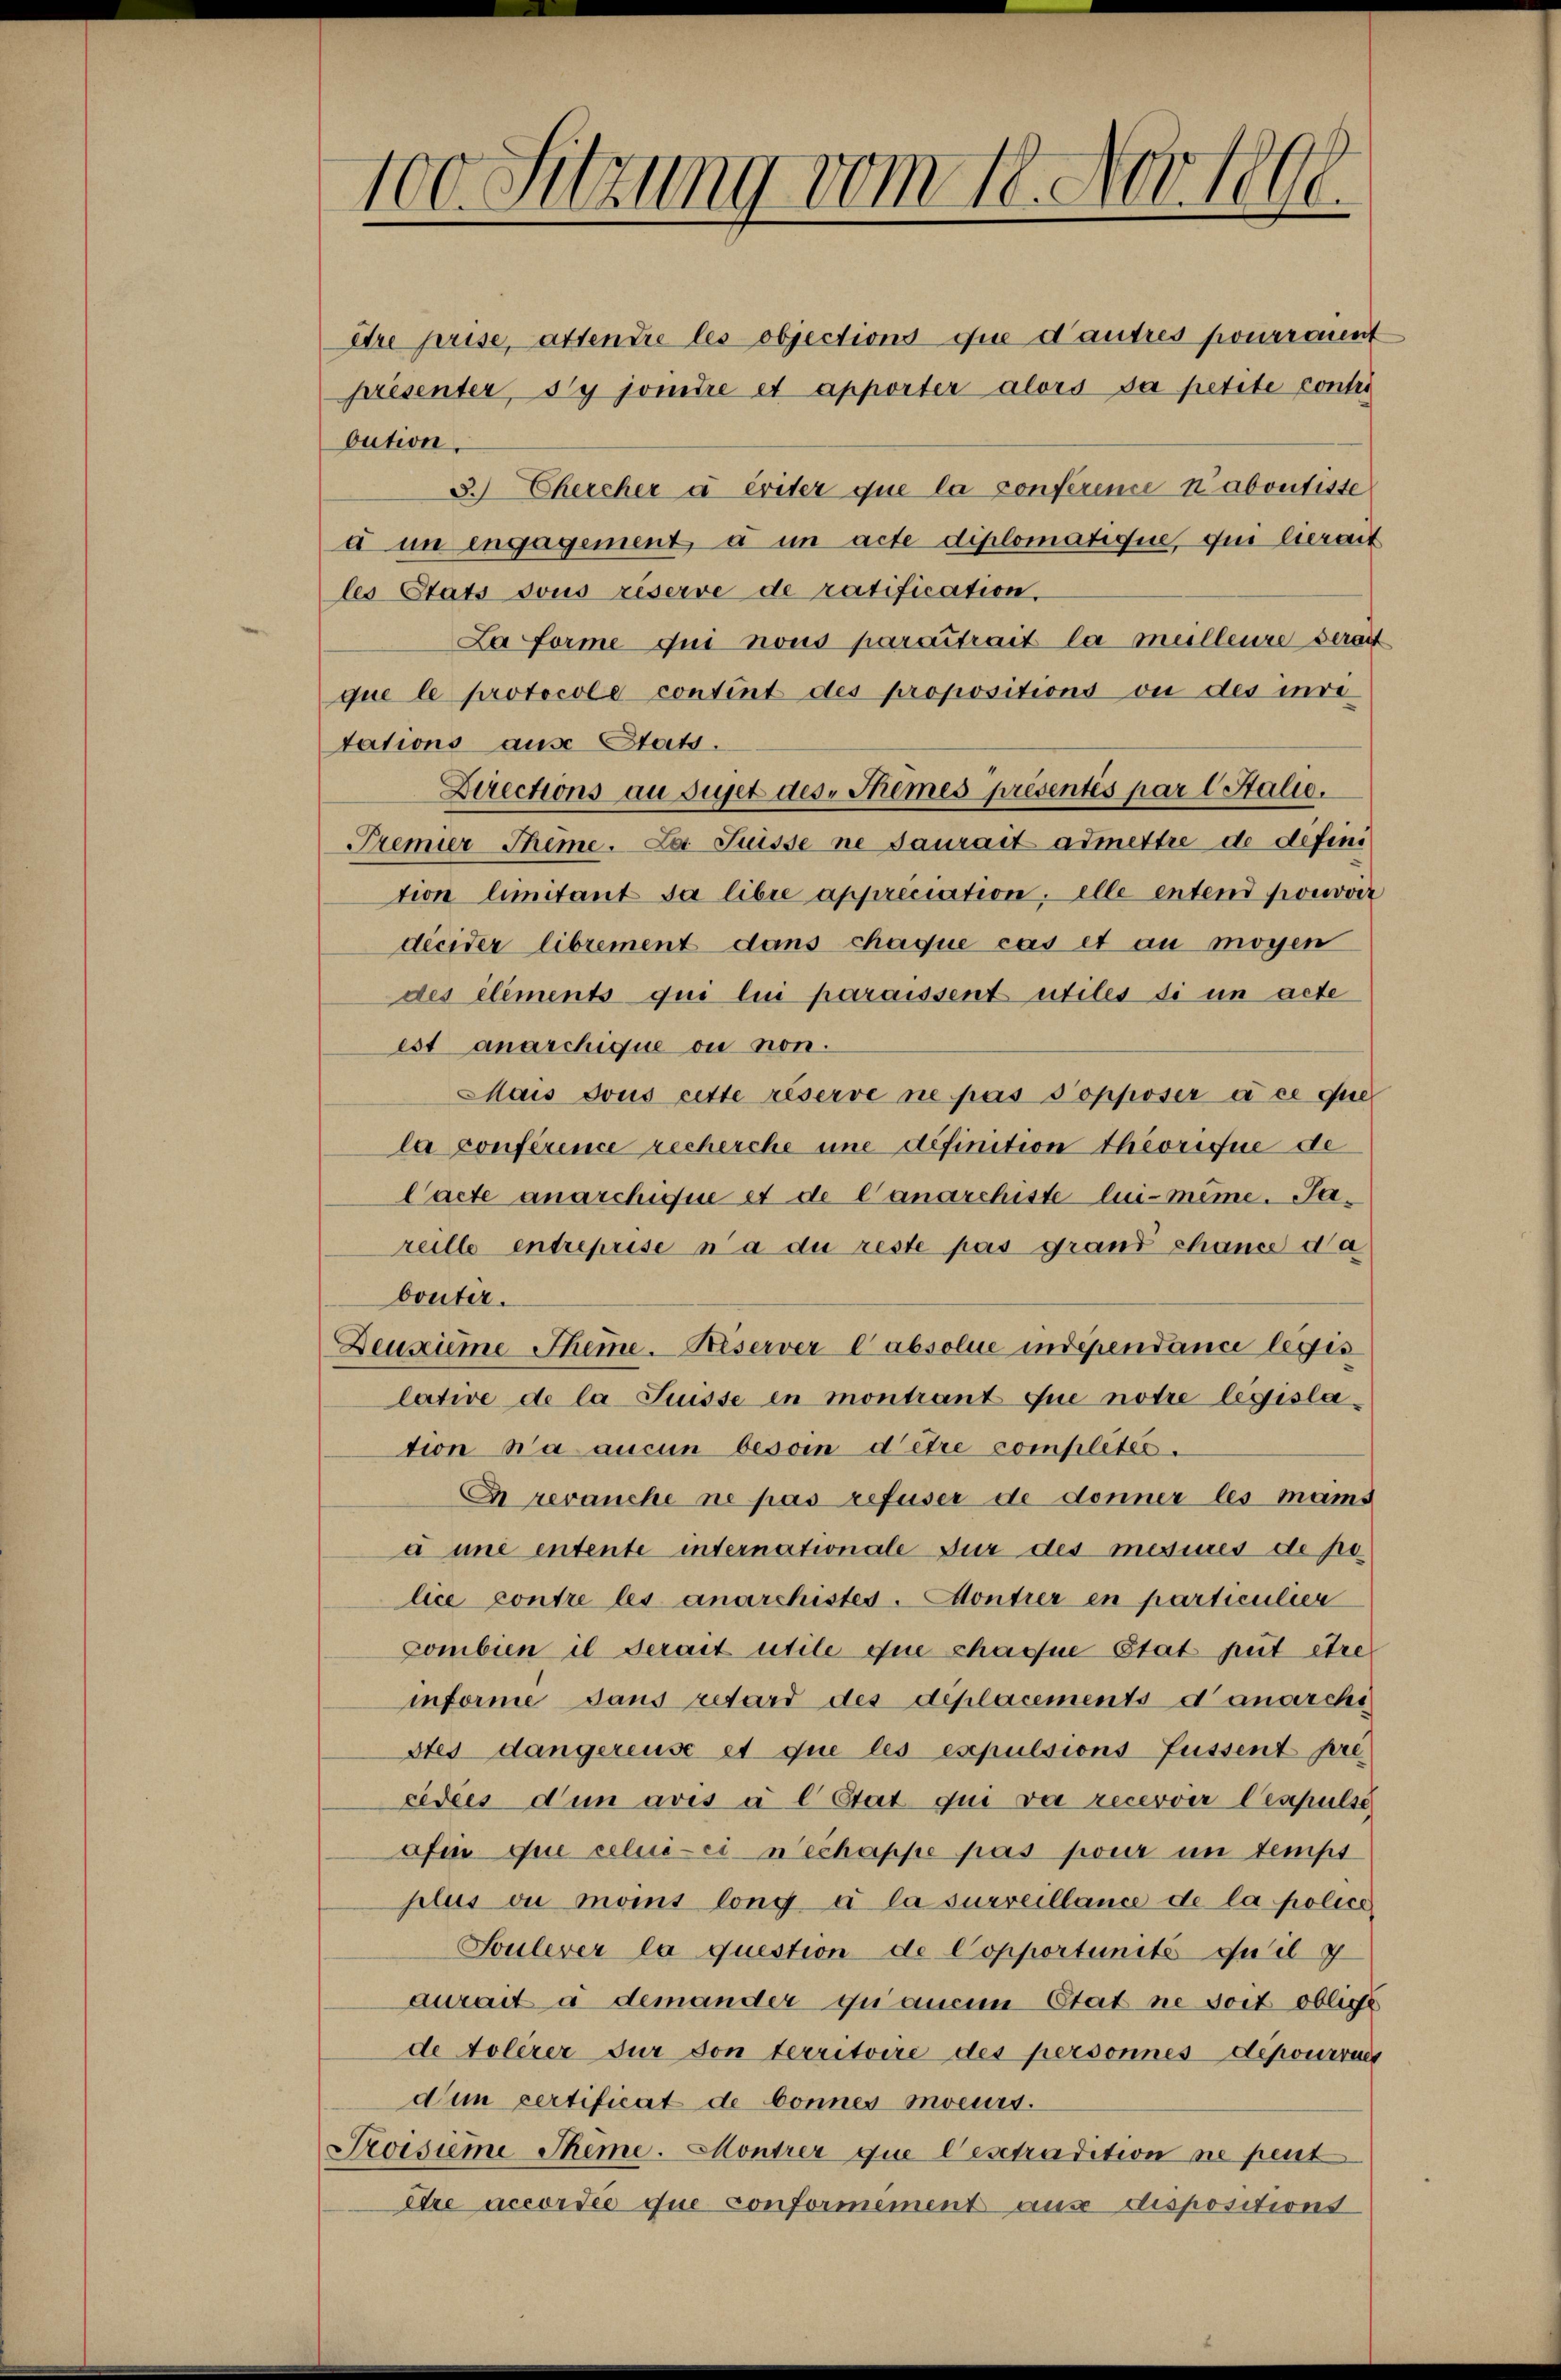
100. Sitzung vom 18. Nov. 1808.

Itre prise, attendre les objections que d’autres pourrannt
présenter, Sy jointre et apporter alors da petite contis
bution.
3. Chercher à criter que la conférence nabontiste
d im engagement à un acte diplomatique, qui serait
les Etats sous riserve de ratification,
La forme qui nous parattrait la milleure serait
que le protocole contint des propositions ou des inde
tations ause Stats.
Directions au sujet des Themes présentés par l Stalie.
Premier Theme. Da Suisse ne saurait admettre de defini
tion limitant sa libre appreciation, elle entend pouvoir
décider librement dans chaque cas et au moyen
des elements qui lui paraissent utiles di un acte
est anarchique ou non.
Mais sous cette réserve ne pas Popposer à ce que
la conference recherche une definition theorique de
Cacte anarchique et de Canarchiste lui-même. Jareille entreprise n’a du reste pas grand chance da
bouter.
Deusime Theme. Beserver Cabsolue indépendance legis
lative de la Suisse en montrant que notre legislation na aucun besoin d’être complités.
E revanche ne pas refuser de donner les mais
à une entente internationale fur des mesures de po
lice contre les anarchistes-Montrer en particulier
Combien il serait utile que chaque état peut être
informe dans retard des déplacements danarchi
Stes dangereuse et que les expulsions fussent pre
cidées den avis à l Etat qui va recevver Cespulse
afin que celui-ci nechappe pas pour im tempt
plus ou mois long à la surveillance de la police¬
Foulever la question de Copportunité ou il g
aurait à demander quancem Etat ne soit oblige
de tolerer für von territoire des personnes deponirens
dun certificat de bonnes moeurs.
Proisimi Theme. Montrer que desstradition ne peut
être accordée que conformement aus dispositions